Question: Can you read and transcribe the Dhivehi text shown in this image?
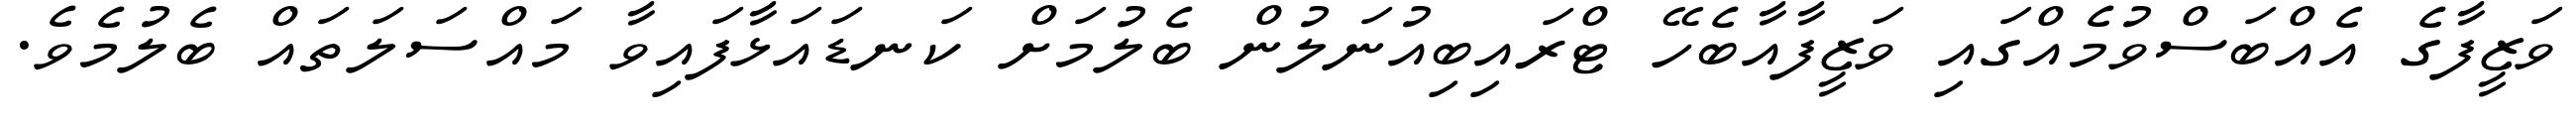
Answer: ވަޒީފާގެ އެއްބަސްވުމެއްގައި ވަޒީފާއާބެހޭ ޓްރައިބިއުނަލުން ބެލުމަށް ކަނޑައަޅާފައިވާ މައްސަލަތައް ބެލުމެވެ.